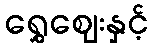
ရွှေဈေးနှင့်